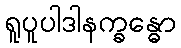
ရူပူပါဒါနက္ခန္ဓော